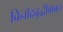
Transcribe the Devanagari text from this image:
विनोदबुद्धीबाबत